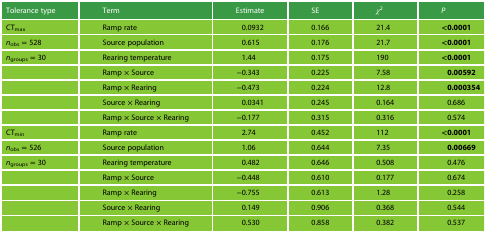
<table><thead><tr><td><b>Tolerance type</b></td><td><b>Term</b></td><td><b>Estimate</b></td><td><b>SE</b></td><td><b><i>χ</i><sup>2</sup></b></td><td><b><i>P</i></b></td></tr></thead><tbody><tr><td>CT<sub>max</sub></td><td>Ramp rate</td><td>0.0932</td><td>0.166</td><td>21.4</td><td><b>&lt;0.0001</b></td></tr><tr><td><i>n</i><sub>obs</sub> = 528</td><td>Source population</td><td>0.615</td><td>0.176</td><td>21.7</td><td><b>&lt;0.0001</b></td></tr><tr><td><i>n</i><sub>groups</sub> = 30</td><td>Rearing temperature</td><td>1.44</td><td>0.175</td><td>190</td><td><b>&lt;0.0001</b></td></tr><tr><td></td><td>Ramp × Source</td><td>−0.343</td><td>0.225</td><td>7.58</td><td><b>0.00592</b></td></tr><tr><td></td><td>Ramp × Rearing</td><td>−0.473</td><td>0.224</td><td>12.8</td><td><b>0.000354</b></td></tr><tr><td></td><td>Source × Rearing</td><td>0.0341</td><td>0.245</td><td>0.164</td><td>0.686</td></tr><tr><td></td><td>Ramp × Source × Rearing</td><td>−0.177</td><td>0.315</td><td>0.316</td><td>0.574</td></tr><tr><td>CT<sub>min</sub></td><td>Ramp rate</td><td>2.74</td><td>0.452</td><td>112</td><td><b>&lt;0.0001</b></td></tr><tr><td><i>n</i><sub>obs</sub> = 526</td><td>Source population</td><td>1.06</td><td>0.644</td><td>7.35</td><td><b>0.00669</b></td></tr><tr><td><i>n</i><sub>groups</sub> = 30</td><td>Rearing temperature</td><td>0.482</td><td>0.646</td><td>0.508</td><td>0.476</td></tr><tr><td></td><td>Ramp × Source</td><td>−0.448</td><td>0.610</td><td>0.177</td><td>0.674</td></tr><tr><td></td><td>Ramp × Rearing</td><td>−0.755</td><td>0.613</td><td>1.28</td><td>0.258</td></tr><tr><td></td><td>Source × Rearing</td><td>0.149</td><td>0.906</td><td>0.368</td><td>0.544</td></tr><tr><td></td><td>Ramp × Source × Rearing</td><td>0.530</td><td>0.858</td><td>0.382</td><td>0.537</td></tr></tbody></table>